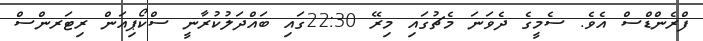
ފްރެންޑްސް އެވެ. ސެމީގެ ދެވަނަ މެޗުގައި މިރޭ 22:30ގައި ބައްދަލުކުރާނީ ސްކޯޕިއަން ރިޓަރންސް